Report of the Indian Hemp Drugs Commission, 1894-1895 - Volume VII
Year: 1894
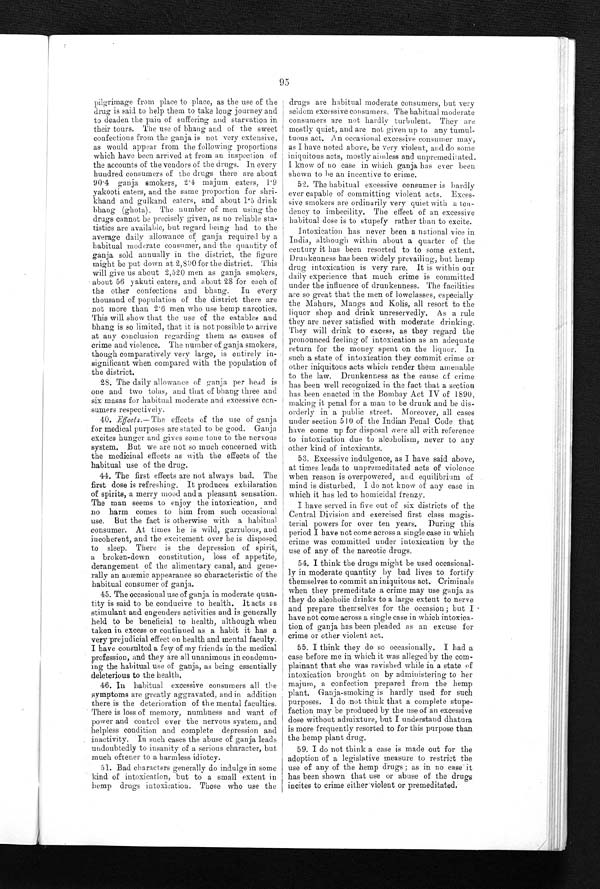
95
pilgrimage from place to place, as the use of the
drug is said to help them to take long journey and
to deaden the pain of suffering and starvation in
their tours. The use of bhang and of the sweet
confections from the ganja is not very extensive,
as would appear from the following proportions
which have been arrived at from an inspection of
the accounts of the vendors of the drugs. In every
hundred consumers of the drugs there are about
90.4 ganja smokers, 2.4 majum eaters, 1.9
yakooti eaters, and the same proportion for shri
- k h a n d a n d g u i k a n d e a t e r s , a n d a b o u t 1 . 5 d r i n k
bhang (ghota). The number of men using the
drugs cannot be precisely given, as no reliable sta-
tistics are available, but regard being had to the
average daily allowance of ganja required by a
habitual moderate consumer, and the quantity of
ganja sold annually in the district, the figure
might be put down at 2,800 for the district. This
will give us about 2,520 men as ganja smokers,
about 56 yakuti eaters, and about 28 for each of
the other confections and bhang. In every
thousand of population of the district there are
not more than 2.6 men who use hemp narcotics.
This will show that the use of the eatables and
bhang is so limited, that it. is not possible to arrive
at any conclusion regarding them as causes of
crime and violence. The number of ganja smokers,
though comparatively very large, is entirely in
-significant when compared with the population of
the district.
28. The daily allowance of ganja per head is
one and two tolas, and that of bhang three and
six masas for habitual moderate and excessive c
o n - s u m e r s r e s p e c t i v e l y .
40. Effects.—The effects of the use of ganja
for medical purposes are stated to be good. Ganja
excites hunger and gives some tone to the nervous
system. But we are not so much concerned with
the medicinal effects as with the effects of the
habitual use of the drug.
44. The first effects are not always bad. The
first dose is refreshing. It produces exhilaration
of spirits, a merry mood and a pleasant sensation.
The man seems to enjoy the intoxication, and
no harm comes to him from such occasional
use. but the fact is otherwise with a habitual
consumer. At times he is wild, garrulous, and
incoherent, and the excitement over he is disposed
to sleep. There is the depression of spirit,
a broken-down constitution, loss of appetite,
derangement of the alimentary canal, and gene
-rally an anæmic appearance so characteristic of the
habitual consumer of ganja.
45. The occasional use of ganja in moderate quan
- t i t y i s s a i d t o b e c o n d u c i v e t o h e a l t h . I t a c t s as
stimulant and engenders activities and is generally
held to be beneficial to health, although when
taken in excess or continued as a habit it has a
very prejudicial effect on health and mental faculty.
I have consulted a few of my friends in the medical
profession, and they are all unanimous in condemn
- i n g t h e h a b i t u a l u s e o f g a n j a , a s b e i n g e s s e n t i a l l y
deleterious to the health.
46. In habitual excessive consumers all the
symptoms are greatly aggravated, and in addition
there is the deterioration of the mental faculties.
There is loss of memory, numbness and want of
power and control over the nervous system, and
helpless condition and complete depression and
inactivity. In such cases the abuse of ganja leads
undoubtedly to insanity of a serious character, but
much oftener to a harmless idiotcy.
51. Bad characters generally do indulge in some
kind of intoxication, but to a small extent in
hemp drugs intoxication. Those who use the
drugs are habitual moderate consumers, but very
seldom excessive consumers. The habitual moderate
consumers are not hardly turbulent. They are
mostly quiet, and are not given up to any tumul
- t u o u s a c t . A n o c c a s i o n a l e x c e s s i v e c o n s u m e r m a y ,
as I have noted above, be very violent, and do some
iniquitous acts, mostly aimless and unpremeditated.
I know of no case in which ganja has ever been
shown to he an incentive to crime.
52. The habitual excessive consumer is hardly
ever capable of committing violent acts. Exces
-sive smokers are ordinarily very quiet with a ten
- d e n c y t o i m b e c i l i t y . T h e e f f e c t o f a n e x c e s s i v e
habitual dose is to stupefy rather than to excite.
Intoxication has never been a national vice in
India, although within about a quarter of the
century it has been resorted to to some extent.
Drunkenness has been widely prevailing, but hemp
drug intoxication is very rare. It is within our
daily experience that much crime is committed
under the influence of drunkenness. The facilities
are so great that the men of lowclasses, especially
the Mahurs, Mangs and Kolis, all resort to the
liquor shop and drink unreservedly. As a rule
they are never satisfied with moderate drinking.
They will drink to excess, as they regard the
pronounced feeling of intoxication as au adequate
return for the money spent on the liquor. In
such a state of intoxication they commit crime or
other iniquitous acts which render them amenable
to the law. Drunkenness as the cause of crime
has been well recognized in the fact that a section
has been enacted in the Bombay Act IV of 1890,
making it penal for a man to be drunk and be dis-
-orderly in a public street. Moreover, all cases
under section 510 of the Indian Penal Code that
have come up for disposal were all with reference
to intoxication due to alcoholism, never to any
other kind of intoxicants.
53. Excessive indulgence, as I have said above,
at times leads to unpremeditated acts of violence
when reason is overpowered, and equilibrium of
mind is disturbed. I do not know of any case in
which it has led to homicidal frenzy.
I have served in five out of six districts of the
Central Division and exercised first class magis
- t e r i a l p o w e r s f o r o v e r t e n y e a r s . D u r i n g t h i s
period I have not come across a single case in which
crime was committed under intoxication by the
use of any of the narcotic drugs.
54. I think the drugs might be used occasional-
ly in moderate quantity by bad lives to fortify
themselves to commit an iniquitous act. Criminals
when they premeditate a crime may use ganja as
they do alcoholic drinks to a large extent to nerve
and prepare themselves for the occasion; but I
have not come across a single case in which intoxica
- t i o n o f g a n j a h a s b e e n p l e a d e d a s a n e x c u s e f o r
crime or other violent act.
55. I think they do so occasionally. I had a
case before me in which it was alleged by the co
m - p l a i n a n t t h a t s h e w a s r a v i s h e d w h i l e i n a s t a t e o f
intoxication brought on by administering to her
majum, a confection prepared from the hemp
plant, Ganja-smoking is hardly used for such
purposes. I do not think that a complete stupe-
- f a c t i o n m a y b e p r o d u c e d b y t h e u s e o f a n e x c e s s i v e
dose without admixture, but I understand dhatura
is more frequently resorted to for this purpose than
the hemp drug.
59. I do not think a case is made out for the
adoption of a legislative measure to restrict the
use of any of the hemp drugs; as in no case it
has been shown that use or abuse of the drugs
incites to crime either violent or premeditated.